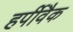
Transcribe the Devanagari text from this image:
हर्पीवैक